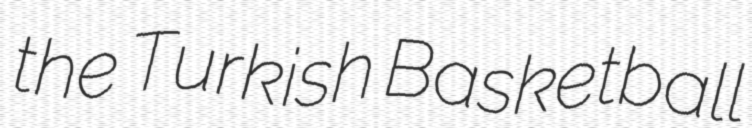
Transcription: the Turkish Basketball